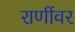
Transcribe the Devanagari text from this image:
राणींवर